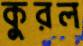
কুরল